Calcutta medical institutions reports 1892-1900
Year: 1892
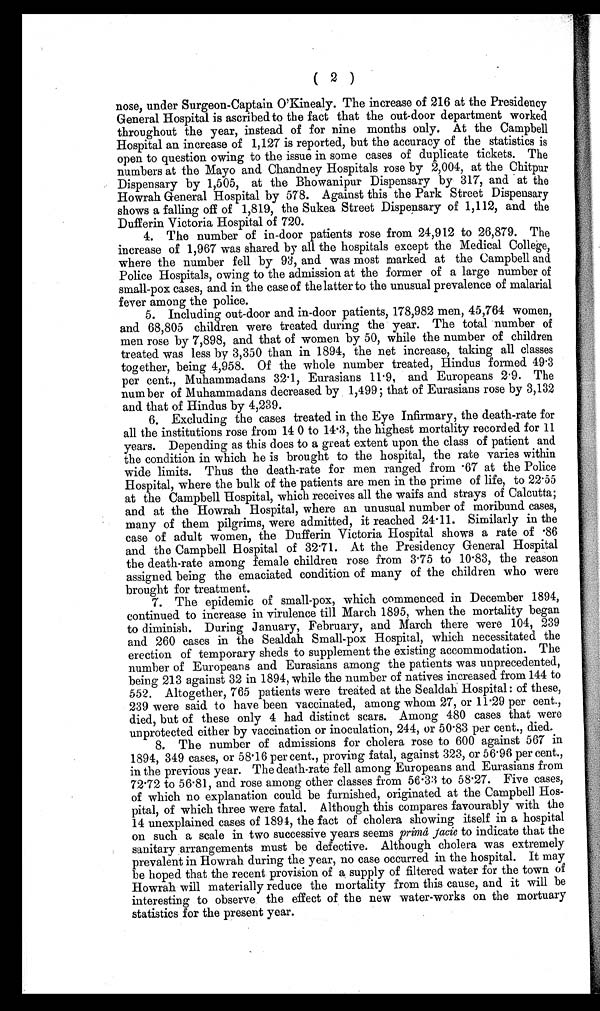
( 2 )
nose, under Surgeon-Captain O'Kinealy. The increase of 216 at the Presidency
General Hospital is ascribed to the fact that the out-door department worked
throughout the year, instead of for nine months only. At the Campbell
Hospital an increase of 1,127 is reported, but the accuracy of the statistics is
open to question owing to the issue in some cases of duplicate tickets. The
numbers at the Mayo and Chandney Hospitals rose by 2,004, at the Chitpur
Dispensary by 1,505, at the Bhowanipur Dispensary by 317, and at the
Howrah General Hospital by 578. Against this the Park Street Dispensary
shows a falling off of 1,819, the Sukea Street Dispensary of 1,112, and the
Dufferin Victoria Hospital of 720.
4. The number of in-door patients rose from 24,912 to 26,879. The
increase of 1,967 was shared by all the hospitals except the Medical College,
where the number fell by 93, and was most marked at the Campbell and
Police Hospitals, owing to the admission at the former of a large number of
small-pox cases, and in the case of the latter to the unusual prevalence of malarial
fever among the police.
5. Including out-door and in-door patients, 178,982 men, 45,764 women,
and 68,805 children were treated during the year. The total number of
men rose by 7,898, and that of women by 50, while the number of children
treated was less by 3,350 than in 1894, the net increase, taking all classes
together, being 4,958. Of the whole number treated, Hindus formed 49.3
per cent., Muhammadans 32 . 1, Eurasians 11 . 9, and Europeans 2 . 9. The
number of Muhammadans decreased by 1,499; that of Eurasians rose by 3,132
and that of Hindus by 4,239.
6. Excluding the cases treated in the Eye Infirmary, the death-rate for
all the institutions rose from 14 0 to 14 .3, the highest mortality recorded for 11
years. Depending as this does to a great extent upon the class of patient and
the condition in which he is brought to the hospital, the rate varies within
wide limits. Thus the death-rate for men ranged from .67 at the Police
Hospital, where the bulk of the patients are men in the prime of life, to 22.55
at the Campbell Hospital, which receives all the waifs and strays of Calcutta;
and at the Howrah Hospital, where an unusual number of moribund cases,
many of them pilgrims, were admitted, it reached 24 . 11. Similarly in the
case of adult women, the Dufferin Victoria Hospital shows a rate of .86
and the Campbell Hospital of 32 .71. At the Presidency General Hospital
the death-rate among female children rose from 3 . 75 to 10 . 83, the reason
assigned being the emaciated condition of many of the children who were
brought for treatment.
7. The epidemic of small-pox, which commenced in December 1894,
continued to increase in virulence till March 1895, when the mortality began
to diminish. During January, February, and March there were 104, 239
and 260 cases in the Sealdah Small-pox Hospital, which necessitated the
erection of temporary sheds to supplement the existing accommodation. The
number of Europeans and Eurasians among the patients was unprecedented,
being 213 against 32 in 1894, while the number of natives increased from 144 to
552. Altogether, 765 patients were treated at the Sealdah Hospital: of these,
239 were said to have been vaccinated, among whom 27, or 11 .29 per cent.,
died, but of these only 4 had distinct scars. Among 480 cases that were
unprotected either by vaccination or inoculation, 244, or 50 . 83 per cent., died.
8. The number of admissions for cholera rose to 600 against 567 in
1894, 349 cases, or 58 . 16 per cent., proving fatal, against 323, or 56 . 96 per cent.,
in the previous year. The death-rate fell among Europeans and Eurasians from
72 . 72 to 56 . 81, and rose among other classes from 56 . 33 to 58.27. Five cases,
of which no explanation could be furnished, originated at the Campbell Hos-
- p i t a l , o f w h i c h t h r e e w e r e f a t a l . A l t h o u g h t h i s c o m p a r e s f a v o u r a b l y w i t h t h e
14 unexplained cases of 1894, the fact of cholera showing itself in a hospital
on such a scale in two successive years seems prima facie to indicate that the
sanitary arrangements must be defective. Although cholera was extremely
prevalent in Howrah during the year, no case occurred in the hospital. It may
be hoped that the recent provision of a supply of filtered water for the town of
Howrah will materially reduce the mortality from this cause, and it will be
interesting to observe the effect of the new water-works on the mortuary
statistics for the present year.